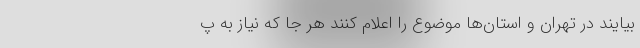
بیایند در تهران و استان‌ها موضوع را اعلام کنند هر جا که نیاز به پ